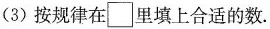
(3)按规律在\Box 里填上合适的数.